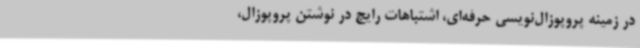
در زمینه پروپوزال‌نویسی حرفه‌ای، اشتباهات رایج در نوشتن پروپوزال،